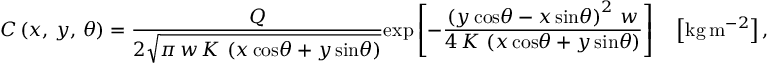
C \left( x , \, y , \, \theta \right) = \frac { Q } { 2 \sqrt { \pi \, w \, K \, \left( x \, \mathrm { c o s } \theta + y \, \mathrm { s i n } \theta \right) } } \mathrm { e x p } \left[ - \frac { \left( y \, \mathrm { c o s } \theta - x \, \mathrm { s i n } \theta \right) ^ { 2 } \, w } { 4 \, K \, \left( x \, \mathrm { c o s } \theta + y \, \mathrm { s i n } \theta \right) } \right] \quad \left[ \mathrm { k g } \, \mathrm { m } ^ { - 2 } \right] ,